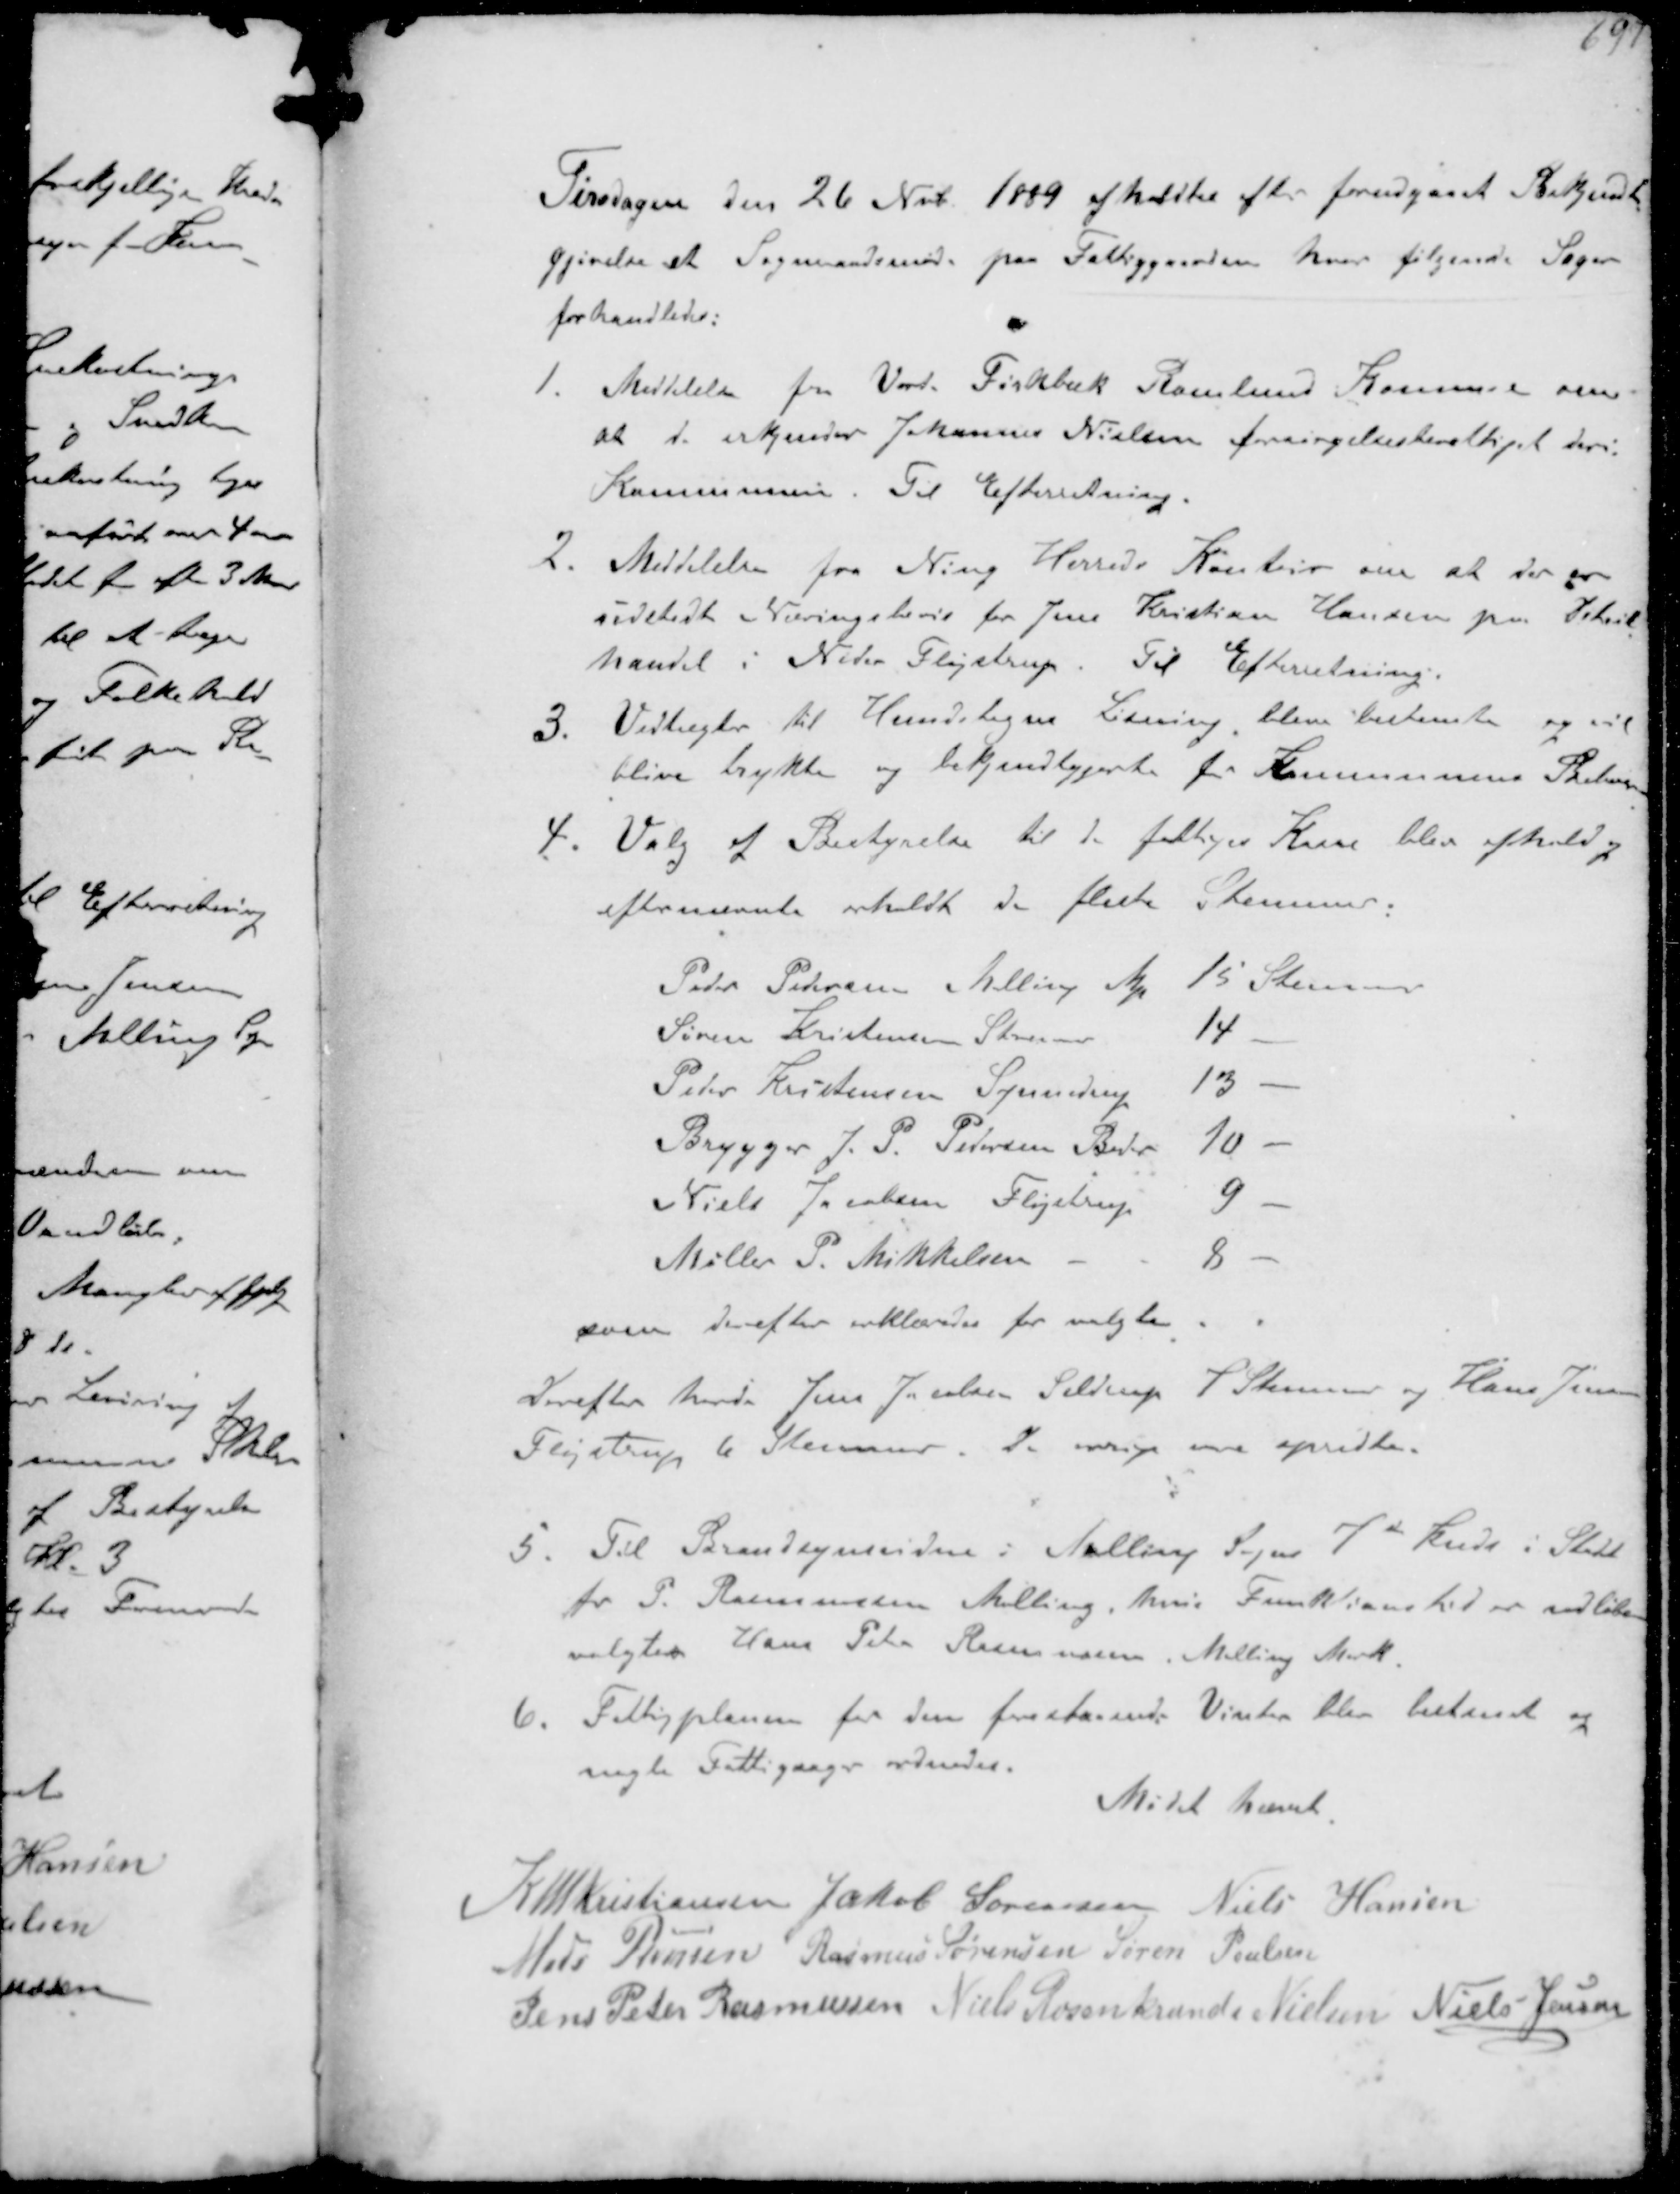
Transskription:
Tirsdagen den 26 Nvb 1889 afholdtes efter forudgaaet Bekjendt-
gøvelse et Sogneraadsmøde paa Fattiggarden hvor følgende Sager
forhandledes:
1. Meddelelse fra Vorde Fiskebæk Romlund Kommune om
at de erkender Johannes Nielsen forsørgelsesberettiget i deres
Kommune. Til Efterretning.
2. Meddelelse fra Ning Herreds Kontor om at der er
udstedt Næringsbevis for Jens Kristian Hansen paa Detail-
handel i Neder Fløjstrup. Til Efterretning.
3. Vedtægter til Hundetegns Løsning bleve bestemte og vil
blive trykte og bekjendtgjorte for Kommunens Beboere
4. Valg af Bestyrelse til de fattiges Kasse blev afhold og
efternævnte erholdt de fleste Stemmer.
Peder Pedersen Malling M.
15 Stemmer
Søren Kristensen Storenor
14
Peder Kristensen Synnedrup
13
Brygger J.P. Pedersen Beder
10
Niels Jacobsen Flystrup
9
Møller P. Mikkelsen
8
som derefter erklæredes for valgte
Derefter havde Jens Jacobsen Seldrup 7 Stemmer og Hans Jensen
Fløjstrup 6 Stemmer De øvrige var spredte
5. Til Brandsynsvidne i Malling Sogns 2 Kreds i Stedet
for P. Rasmussen Malling, hvis Funktionstid er udløben
valgtes Hans Peter Rasmussen, Malling Mark.
6. Fattigplanen for den forestaaende Vinter blev bestemt og
nogle Fattigsager ordnedes.

Mødet hævet

K N M Kristiansen Jakob Sørensen Niels Hansen
Mads Pedersen Rasmus Sørensen Søren Poulsen
Jens Peter Rasmussen Niels Rosenkrands Nielsen Niels Jensen